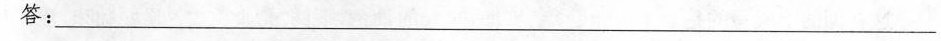
答：___